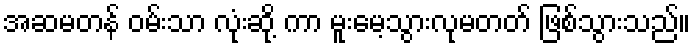
အဆမတန် ဝမ်းသာ လုံးဆို့ ကာ မူးမေ့သွားလုမတတ် ဖြစ်သွားသည်။